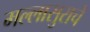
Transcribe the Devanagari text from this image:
मल्लासुराचे